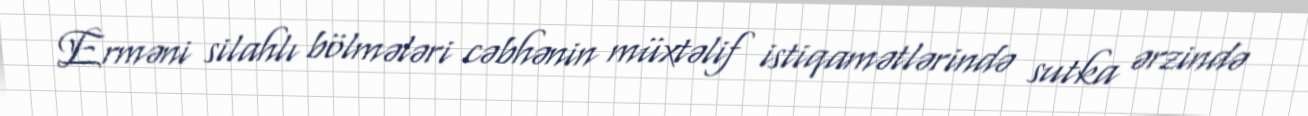
Erməni silahlı bölmələri cəbhənin müxtəlif istiqamətlərində sutka ərzində